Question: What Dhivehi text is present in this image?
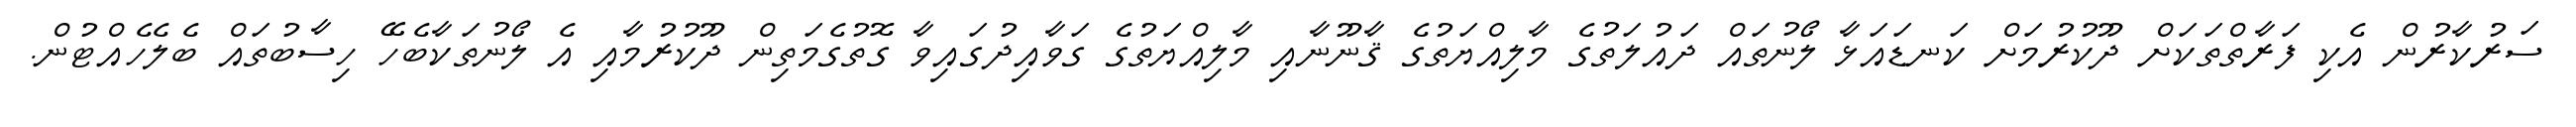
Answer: ސަރުކާރުން އެކި ފަރާތްތަކަށް ދޫކުރުމަށް ކަނޑައަޅާ ލޯނުތައް ދައުލަތުގެ މާލިއްޔަތުގެ ޤާނޫނާއި މާލިއްޔަތުގެ ގަވާއިދުގައިވާ ގޮތުގެމަތިން ދޫކުރުމާއި އެ ލޯނުތަކާބެހޭ ހިސާބުތައް ބެލެހެއްޓުން.